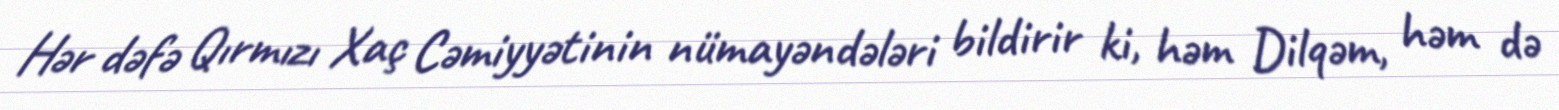
Hər dəfə Qırmızı Xaç Cəmiyyətinin nümayəndələri bildirir ki, həm Dilqəm, həm də